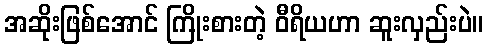
အဆိုးဖြစ်အောင် ကြိုးစားတဲ့ ဝီရိယဟာ ဆူးလှည်းပဲ။